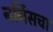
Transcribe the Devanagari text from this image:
नर्गिसचा